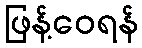
ဖြန့်ဝေရန်